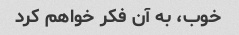
خوب، به آن فکر خواهم کرد